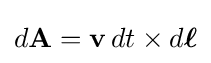
d\mathbf {A} =\mathbf {v} \,dt\times d{\boldsymbol {\ell }}